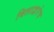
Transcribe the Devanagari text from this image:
बिलाद्वारेच